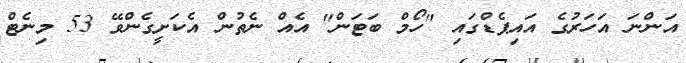
އަންނަ އަހަރުގެ އައިޕެޑްގައި "ހޯމް ބަޓަން" އެއް ނެތުން އެކަށީގެންވޭ 53 މިނެޓް